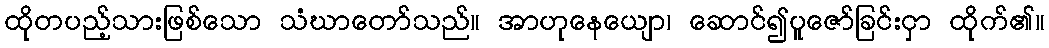
ထိုတပည့်သားဖြစ်သော သံဃာတော်သည်။ အာဟုနေယျော၊ ဆောင်၍ပူဇော်ခြင်းငှာ ထိုက်၏။